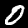
Label: 0